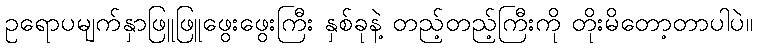
ဥရောပမျက်နှာဖြူဖြူဖွေးဖွေးကြီး နှစ်ခုနဲ့ တည့်တည့်ကြီးကို တိုးမိတော့တာပါပဲ။